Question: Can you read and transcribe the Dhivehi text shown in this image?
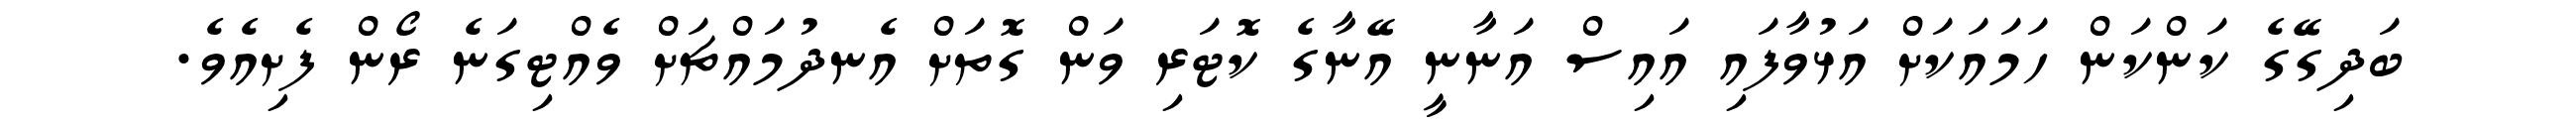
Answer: ބަދިގޭގެ ކަންކަން ހަމައަކަށް އަޅުވާފައި އައިސް އަނާނީ އޭނާގެ ކޮޓަރި ވަން ގޮތަށް އެނދުމައްޗަށް ވެއްޓިގަނެ ރޯން ފެށިއެވެ.